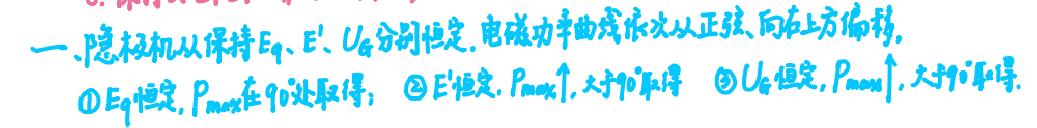
一、隐极机从保持$E_q$、$E'$、$U_G$分别恒定，电磁功率曲线依次从正弦、向右上方偏移。
$\textcircled{1}$$E_q$恒定，$P_{max}$在90°处取得；$\textcircled{2}$$E'$恒定，$P_{max}\uparrow$，大于90°取得；$\textcircled{3}$$U_G$恒定，$P_{max}\uparrow$，大于90°取得。